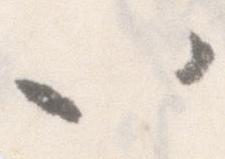
以